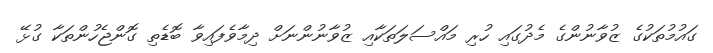
ގައުމުތަކުގެ ޒުވާނުންގެ މެދުގައި ހުރި މައްސަލަތަކާއި ޒުވާނުންނަށް ދިމާވެފައިވާ ބޮޑެތި ގޮންޖެހުންތަކާ ގުޅޭ